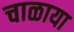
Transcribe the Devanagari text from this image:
चाळाया